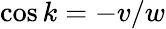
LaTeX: \cos{k}=-v/w